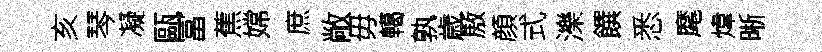
亥琴凝甌冨蕉嫦庶敞毋轕孰歳厫顔式濼饌悉麾煒晰